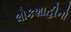
લોકશાહીનો